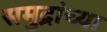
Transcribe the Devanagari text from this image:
समुद्रांच्या